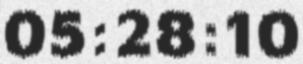
05:28:10